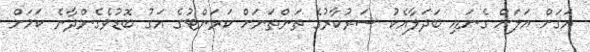
އަގަށް އަލަށް ގެނައި ބަދަލާއެކު ސަރުކާރުގެ ތަންތަނަށް ކަރަންޓުގެ އަގު ބޮޑުވެގެންދާނެ ކަމަށް